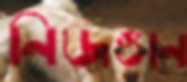
নিজগুনে